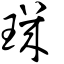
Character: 璣